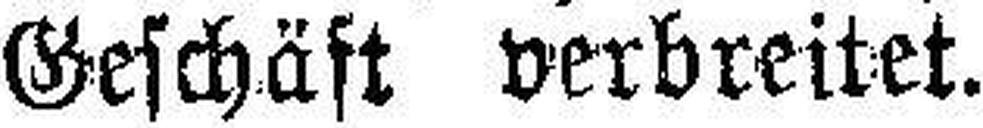
Geschäft verbreitet.